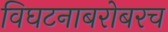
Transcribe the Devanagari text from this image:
विघटनाबरोबरच